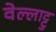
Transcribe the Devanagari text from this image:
वेल्लाट्टु